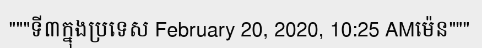
"""ទី៣ក្នុងប្រទេស February 20, 2020, 10:25 AMម៉េន"""